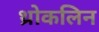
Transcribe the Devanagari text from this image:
थ्रोकलिन